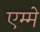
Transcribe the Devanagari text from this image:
एम्मे